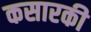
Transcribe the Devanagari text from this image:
कसारकी